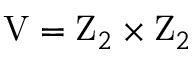
\mathrm { V } = \mathrm { Z } _ { 2 } \times \mathrm { Z } _ { 2 }